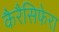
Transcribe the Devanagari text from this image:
कैरैसिफेरा